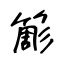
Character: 簓